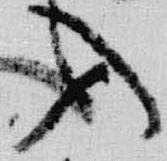
入